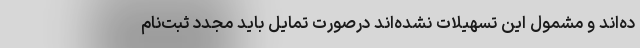
ده‌اند و مشمول این تسهیلات نشده‌اند درصورت تمایل باید مجدد ثبت‌نام